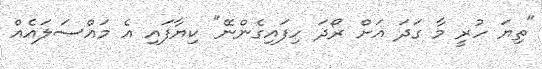
"ތިޔަ ހުރީ މާ ގަދަ އަށް ރޯދަ ހިފައިގެންނޭ" ކިޔާފައި އެ މައްސަލައެއް